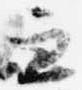
兼